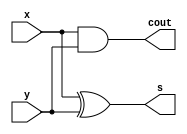
`timescale 1ns / 1ps

module HA(
input x,
input y,
output cout,
output s
);
assign cout = x && y;
assign s = x ^ y;
endmodule

module FA(
    input x,
    input y,
    input ci,
    output cout,
    output s
);
    (*DONT_TOUCH = "TRUE"*) wire sum0, cout0, cout1;
    HA ha0(x, y, cout0, sum0);
    HA ha1(sum0, ci, cout1, s);
    assign cout = cout0 || cout1;
endmodule

module RCA(
    input [3:0] x,
    input [3:0] y,
    input ci,
    output cout,
    output [3:0] s
);
    (*DONT_TOUCH = "TRUE"*) wire [2:0] faout;
    FA fa0(x[0],y[0],ci,faout[0],s[0]);
    FA fa1(x[1],y[1],faout[0],faout[1],s[1]);
    FA fa2(x[2],y[2],faout[1],faout[2],s[2]);
    FA fa3(x[3],y[3],faout[2],cout,s[3]);
endmodule

module parametric_RCA #(parameter SIZE = 4)(x, y, ci, cout, s);
    input [SIZE-1:0] x;
    input [SIZE-1:0] y;
    input ci;
    output cout;
    output [SIZE-1:0] s;
    (*DONT_TOUCH = "TRUE"*) wire [SIZE:0] faout;
    assign faout[0] = ci;
    assign cout = faout[SIZE];
    genvar i;
    generate
        for(i=0;i<SIZE;i=i+1)begin
            FA fax(x[i],y[i],faout[i],faout[i+1],s[i]);
        end
    endgenerate
endmodule

module CLA(
    input [3:0] x,y,
    input c0,
    output cout,
    output [3:0] sum
);
    (*DONT_TOUCH = "TRUE"*) wire [4:0] c;
    (*DONT_TOUCH = "TRUE"*) wire [3:0] p,g;
    assign c[0]=c0;
    assign cout = c[4];
    genvar i;
    generate
        for(i=0; i<4; i=i+1)begin
            assign p[i]= x[i] ^ y[i];
            assign g[i] = x[i] && y[i];
            assign sum[i] = p[i] ^c[i];
            assign c[i+1] = g[i] || (p[i] && c[i]);
        end
    endgenerate
endmodule

module Add_Sub(
    input [3:0] A, B,
    input ci,
    output [3:0] SUM,
    output cout,
    output V
);
    (* dont_touch="true" *) wire [3:0] xxor ;
    (* dont_touch="true" *) wire [4:0] c ;
    assign c[0] = ci;
    assign cout = c[4];
    genvar i;
    generate
        for (i = 0; i < 4; i = i + 1) begin : add_sub_loop
            assign xxor[i] = ci^B[i];
            FA fai (A[i], xxor[i], c[i], c[i + 1], SUM[i]);
        end
    endgenerate
    assign V = c[3] ^ c[4];
endmodule